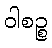
ဝါစဉ္စ